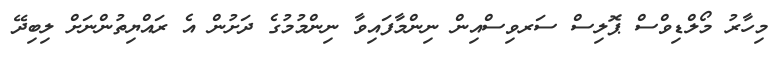
މިހާރު މޯލްޑިވްސް ޕޮލިސް ސަރވިސްއިން ނިންމާފައިވާ ނިންމުމުގެ ދަށުން އެ ރައްޔިތުންނަށް ލިބިދޭ